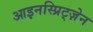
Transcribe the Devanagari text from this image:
आइनस्प्रिट्ज़ेन